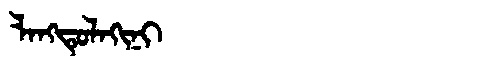
Manchu: ᠯᠠᠩᡨᡠᠯᠠᡴᡳᠨᡳ
Romanization: LANGTULAKINI